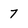
Character: 7